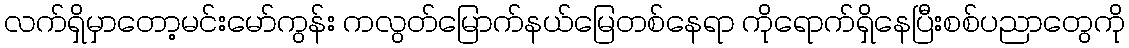
လက်ရှိမှာတော့မင်းမော်ကွန်း ကလွတ်မြောက်နယ်မြေတစ်နေရာ ကိုရောက်ရှိနေပြီးစစ်ပညာတွေကို